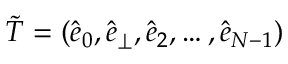
\tilde { T } = ( \hat { e } _ { 0 } , \hat { e } _ { \perp } , \hat { e } _ { 2 } , \dots , \hat { e } _ { N - 1 } )